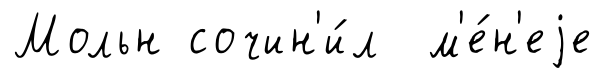
Мольн сочин'и́л м'е́н'еjе